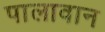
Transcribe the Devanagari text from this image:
पालावान